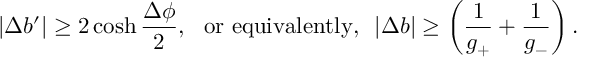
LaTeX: | \Delta b ^ { \prime } | \ge 2 \cosh { \frac { \Delta \phi } { 2 } } , ~ ~ \mathrm { o r ~ e q u i v a l e n t l y , } ~ ~ | \Delta b | \ge \left( \frac { 1 } { g _ { + } } + \frac { 1 } { g _ { - } } \right) .